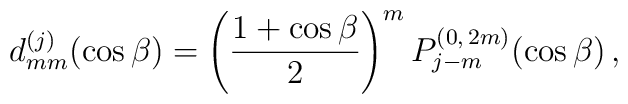
d^{(j)}_{mm}(\cos\beta) =\left(\frac{1+\cos\beta}{2}\right)^m P^{(0,\,2m)}_{j-m}(\cos\beta)\,,